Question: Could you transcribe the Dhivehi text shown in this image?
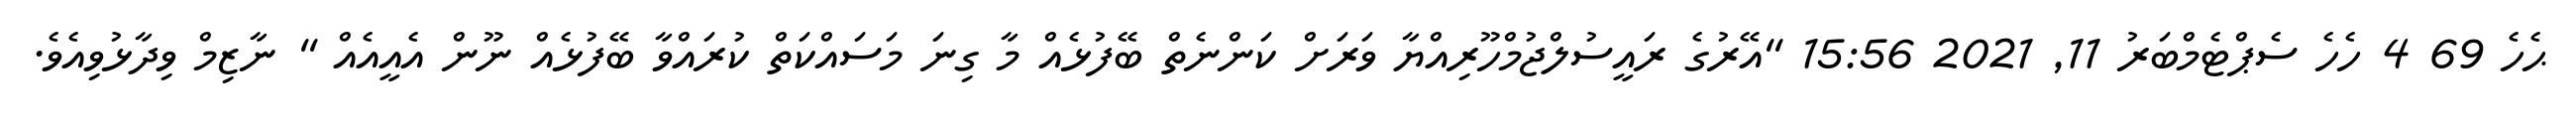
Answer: ޙެހެ 69 4 ހެހެ ސެޕްޓެމްބަރު 11, 2021 15:56 "އޭރުގެ ރައީސުލްޖުމްހޫރިއްޔާ ވަރަށް ކަންނެތް ބޭފުޅެއް މާ ގިނަ މަސައްކަތް ކުރައްވާ ބޭފުޅެއް ނޫން އެއީއެއް " ނާޒިމް ވިދާޅުވިއެވެ.